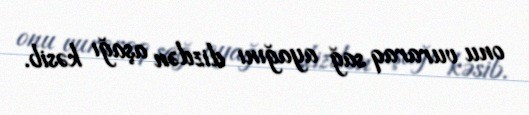
onu vuraraq sağ ayağını dizdən aşağı kəsib.